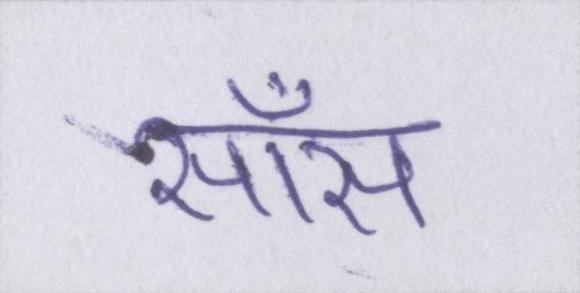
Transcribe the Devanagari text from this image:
साँस